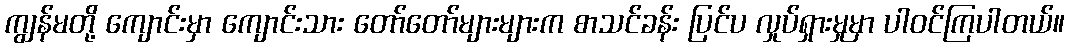
ကျွန်မတို့ ကျောင်းမှာ ကျောင်းသား တော်တော်များများက စာသင်ခန်း ပြင်ပ လှုပ်ရှားမှုမှာ ပါဝင်ကြပါတယ်။